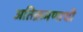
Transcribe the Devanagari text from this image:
अतिक्रमणाची